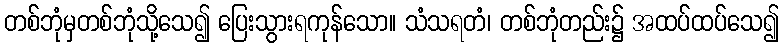
တစ်ဘုံမှတစ်ဘုံသို့သေ၍ ပြေးသွားရကုန်သော။ သံသရတံ၊ တစ်ဘုံတည်း၌ အထပ်ထပ်သေ၍